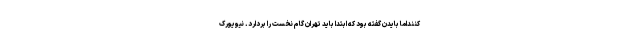
کننداما بایدن گفته بود که ابتدا باید تهران گام نخست را بردارد. نیویورک